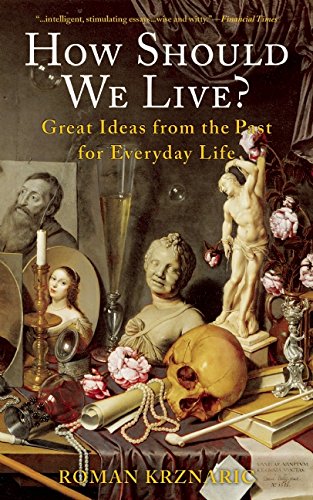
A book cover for How Should We Live?: Great Ideas from the Past for Everyday Life; Roman Krznaric; History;